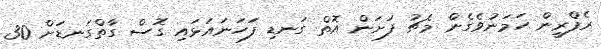
ރެފްރީން ހަމަނުވެގެން މެޗު ފަށަން އޮތް ގަނޑި ފަހަނައަޅައި ގޮސް ގާތްގަނޑަށް 30